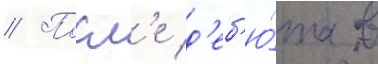
// Посл'е д'еб'ю́та в